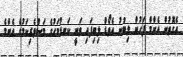
އެގޮތުން އެންމް ފަހުން ލިބުނު އެވޯޑް ލިބިފައި ވަނީ ކަނޑުމަހުގެ މަސްވެރިކަމުގެ އެންމެ